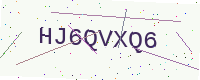
Text: HJ6QVXQ6